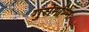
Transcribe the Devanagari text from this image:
गुरोर्नाम्नः